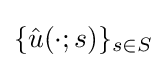
\{{\hat {u}}(\cdot ;s)\}_{s\in S}